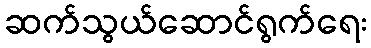
ဆက်သွယ်ဆောင်ရွက်ရေး